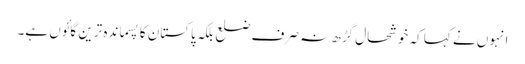
انہوں نے کہا کہ خوشحال گڑھ نہ صرف ضلع بلکہ پاکستان کا پسماندہ ترین گائوں ہے۔